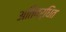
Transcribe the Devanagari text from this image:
अतिवर्धित